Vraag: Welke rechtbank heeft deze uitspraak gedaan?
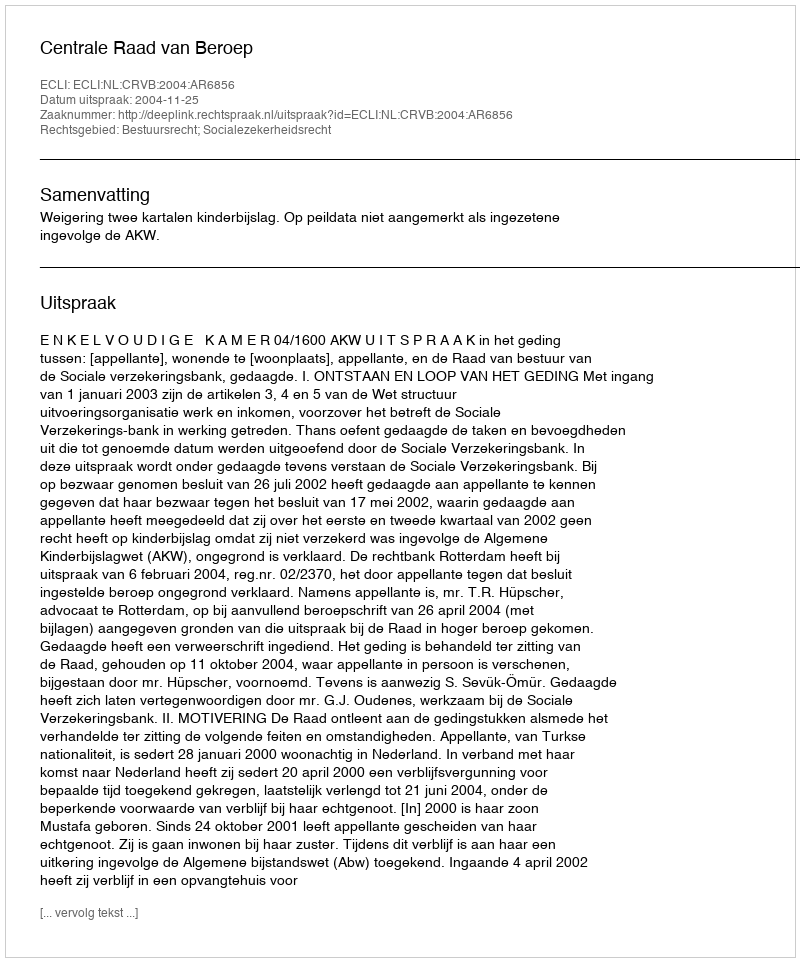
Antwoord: Centrale Raad van Beroep